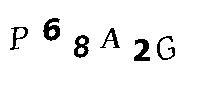
P68A2G